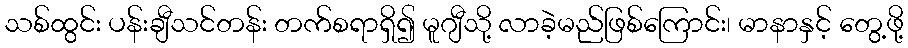
သစ်ထွင်း ပန်းချီသင်တန်း တက်စရာရှိ၍ မူဂျီသို့ လာခဲ့မည်ဖြစ်ကြောင်း၊ မာနာနှင့် တွေ့ဖို့